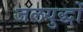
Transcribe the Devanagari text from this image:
जलयुद्धों